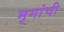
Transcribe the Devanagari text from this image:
मृगांची